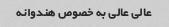
عالی عالی به خصوص هندوانه